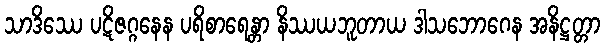
သာဒိဿေ ပဋိဇဂ္ဂနေန ပရိစာရေန္တာ နိဿယဘူတာယ ဒါသဘောဂေန အနိဋ္ဌတ္တာ